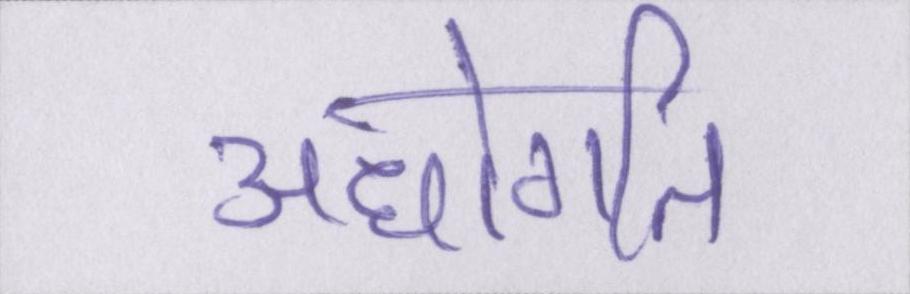
अधोगति